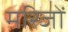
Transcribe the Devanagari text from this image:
मरिजों